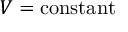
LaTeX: V = { \mathrm { c o n s t a n t } }